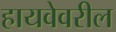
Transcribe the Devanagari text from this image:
हायवेवरील